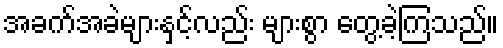
အခက်အခဲများနှင့်လည်း များစွာ တွေ့ခဲ့ကြသည်။